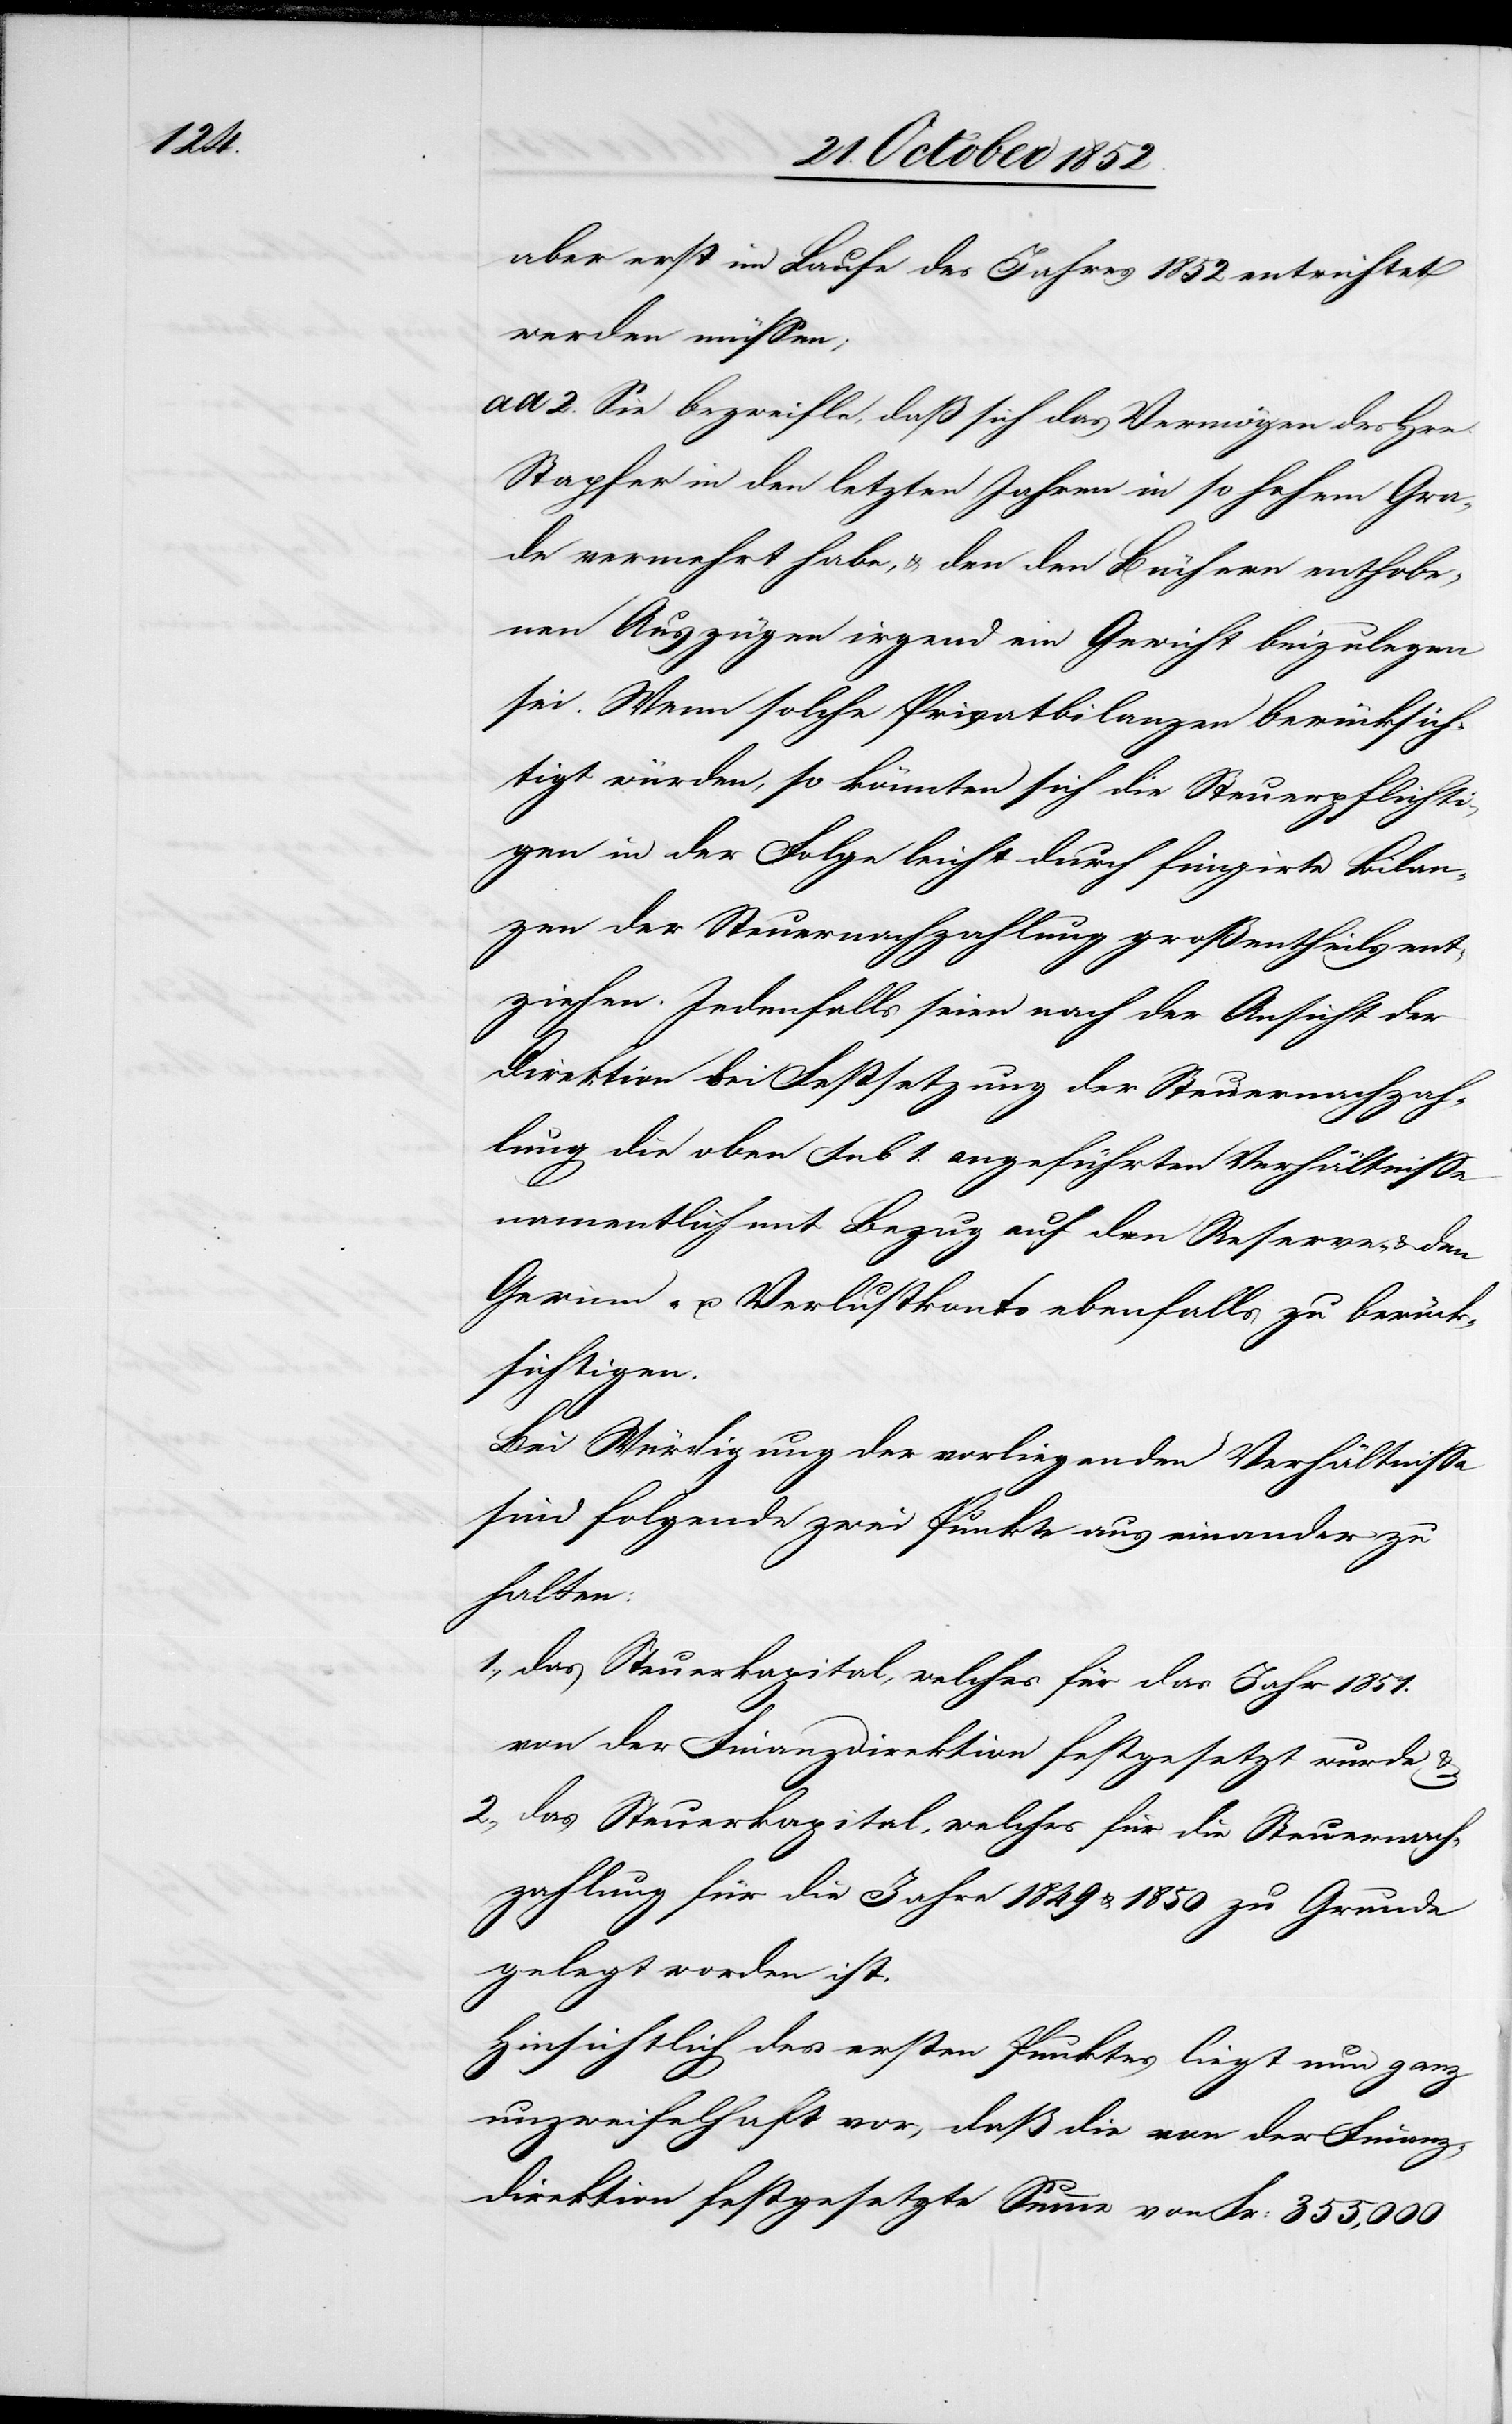
1.,

aber erst im Laufe des Jahres 1852 entrichtet
werden müssen;
ad 2. Sie bezweifle, daß sich das Vermögen des Hr¬
Stapfer in den letzten Jahren in so hohem Gra¬
de vermehrt habe, & den den Büchern enthobe¬
nen Auszügen irgend ein Gewicht beizulegen
sei. Wenn solche Privatbilanzen berücksich¬
tigt würden, so könnten sich die Steuerpflichti¬
gen in der Folge leicht durch fingirte Bilan¬
zen der Steuernachzahlung großentheils ent¬
ziehen. Jedenfalls seien nach der Ansicht der
Direktion bei Festsetzung der Steuernachzah¬
lung die oben sub 1. angeführten Verhältnisse
namentlich mit Bezug auf den Reserve- & den
Gewinn- u. Verlustkonto ebenfalls zu berück¬
sichtigen.
Bei Würdigung der vorliegenden Verhältnisse
sind folgende zwei Punkte aus einander zu
halten:
das Steuerkapital, welches für das Jahr 1851.
von der Finanzdirektion festgesetzt wurde &
das Steuerkapital, welches für die Steuernach¬
zahlung für die Jahre 1849 & 1850 zu Grunde
gelegt worden ist.
Hinsichtlich des ersten Punktes liegt nun ganz
unzweifelhaft vor, daß die von der Finanz¬
direktion festgesetzte Summe von Fr: 355,000